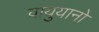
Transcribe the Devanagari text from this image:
वायुयानो